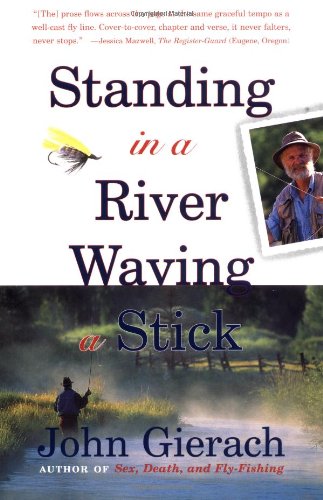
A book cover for Standing in a River Waving a Stick; John Gierach; Humor & Entertainment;